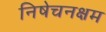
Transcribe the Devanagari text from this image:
निषेचनक्षम